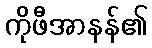
ကိုဖီအာနန်၏